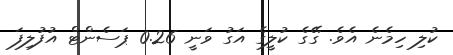
ކުލި ހިމެނެ އެވެ. ގޭގެ ކުލީގެ އަގު ވަނީ 0.26 ޕަސެންޓް އުފުލިފަ